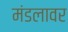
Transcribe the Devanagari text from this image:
मंडलावर